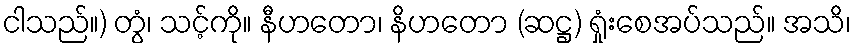
ငါသည်။) တွံ၊ သင့်ကို။ နီဟတော၊ နိဟတော (ဆဋ္ဌ) ရှုံးစေအပ်သည်။ အသိ၊